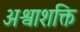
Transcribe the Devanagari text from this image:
अश्वाशक्ति